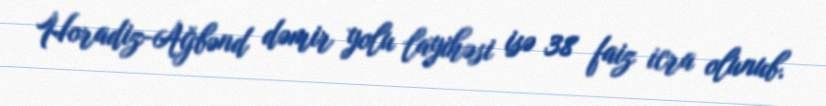
Horadiz-Ağbənd dəmir yolu layihəsi isə 38 faiz icra olunub.